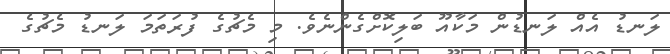
ލަނޑު އެއް ލަނޑުން މަކާއޫ ބަލިކޮށްގެންނެވެ. މި މެޗުގެ ފުރަތަމަ ލަނޑު މެޗުގެ